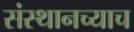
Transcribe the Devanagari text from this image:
संस्थानच्याच